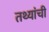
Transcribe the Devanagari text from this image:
तथ्यांची